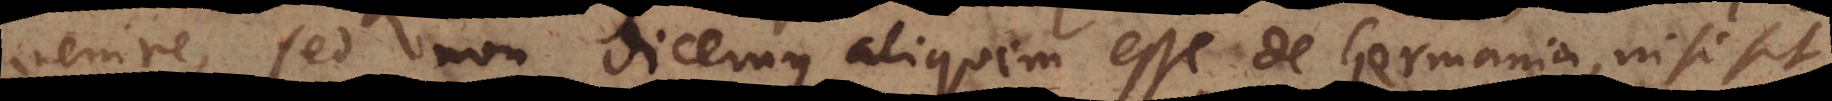
venire, sed non dicemus aliquem esse de Germania, nisi sit